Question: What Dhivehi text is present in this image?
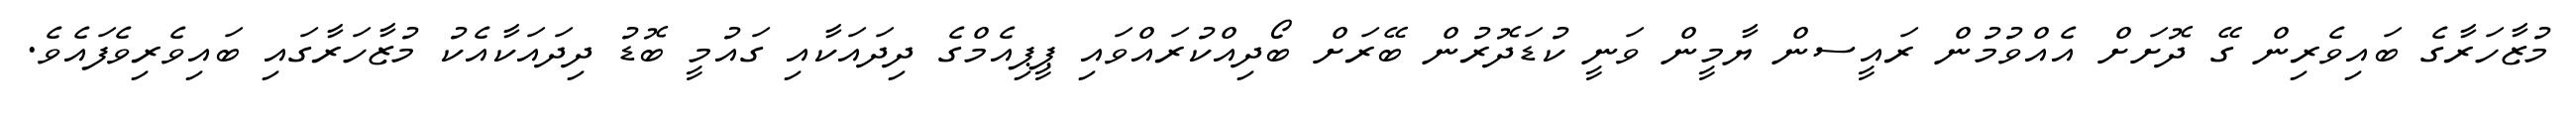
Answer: މުޒާހަރާގެ ބައިވެރިން ގޭ ދޮށަށް އެއްވުމުން ރައީސން ޔާމީން ވަނީ ކުޑަދޮރުން ބޭރަށް ބޯދިއްކުރައްވައި ޕީޕިއެމްގެ ދިދައަކާއި ގައުމީ ބޮޑު ދިދައަކާއެކު މުޒާހަރާގައި ބައިވެރިވެފައެވެ.